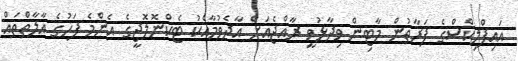
އައިފްލިކްސްގެ ފަރާތުން މާޓިން ވިދާޅުވީ ރާއްޖެއަށް އާދެވުމާއެކު ޓެކްނޮލޮޖީގެ އެންމެ ފަހުގެ އާލާތްތައް